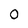
Character: 0